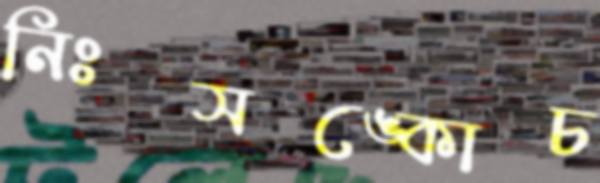
নিঃসঙ্কোচ